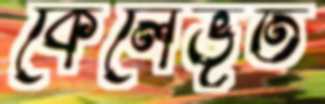
কেলেভূত